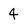
Character: 4